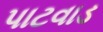
પાટવાડ